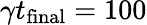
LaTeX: \gamma t_{\mathrm{final}}=100